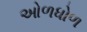
ઓળધોળ